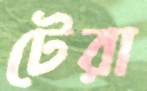
টেরা